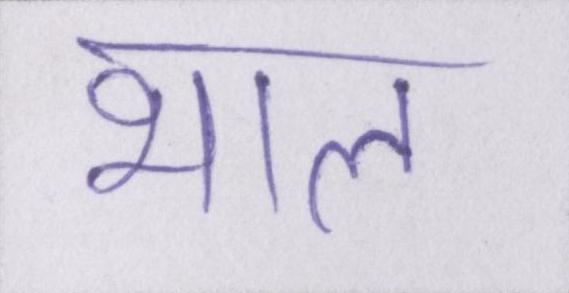
भाल